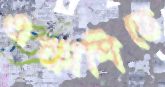
একাশিতে